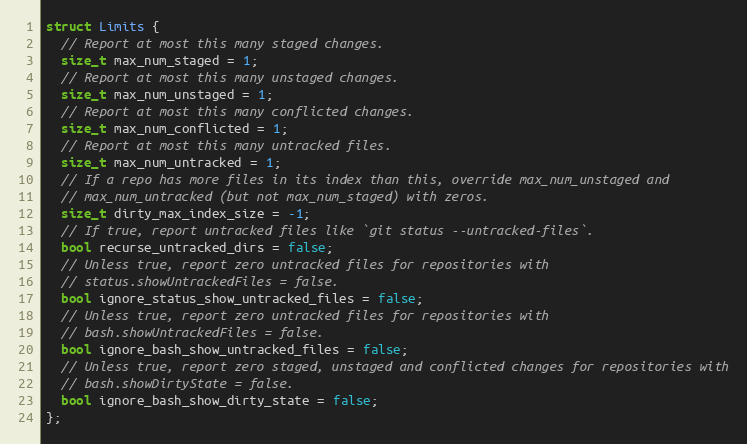
Language: C
struct Limits {
  // Report at most this many staged changes.
  size_t max_num_staged = 1;
  // Report at most this many unstaged changes.
  size_t max_num_unstaged = 1;
  // Report at most this many conflicted changes.
  size_t max_num_conflicted = 1;
  // Report at most this many untracked files.
  size_t max_num_untracked = 1;
  // If a repo has more files in its index than this, override max_num_unstaged and
  // max_num_untracked (but not max_num_staged) with zeros.
  size_t dirty_max_index_size = -1;
  // If true, report untracked files like `git status --untracked-files`.
  bool recurse_untracked_dirs = false;
  // Unless true, report zero untracked files for repositories with
  // status.showUntrackedFiles = false.
  bool ignore_status_show_untracked_files = false;
  // Unless true, report zero untracked files for repositories with
  // bash.showUntrackedFiles = false.
  bool ignore_bash_show_untracked_files = false;
  // Unless true, report zero staged, unstaged and conflicted changes for repositories with
  // bash.showDirtyState = false.
  bool ignore_bash_show_dirty_state = false;
};